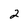
Character: 2